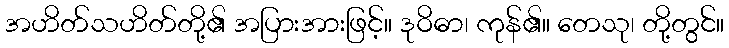
အဟိတ်သဟိတ်တို့၏ အပြားအားဖြင့်။ ဒုဝိဓာ၊ ကုန်၏။ တေသု၊ တို့တွင်။